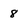
Character: 8